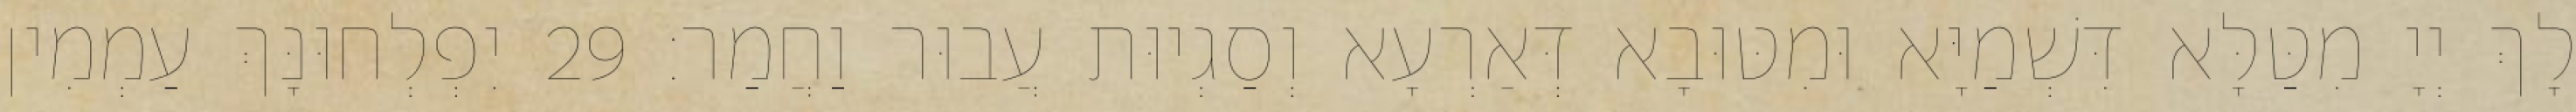
לָךְ יְיָ מִטַּלָּא דִּשְׁמַיָּא וּמִטּוּבָא דְּאַרְעָא וְסַגְיוּת עֲבוּר וַחֲמַר׃ 29 יִפְלְחוּנָּךְ עַמְמִין